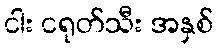
ငါး ငရုတ်သီး အနှစ်